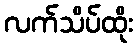
လက်သိပ်ထိုး